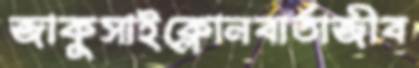
জাকুসাইক্লোনবার্তাজীব